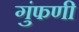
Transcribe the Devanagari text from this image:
गुंफणी